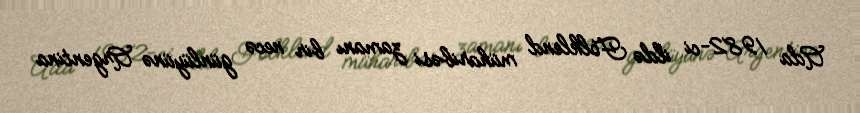
Ada 1982-ci ildə Folklend müharibəsi zamanı bir necə günlüyünə Argentina